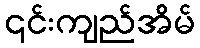
၎င်းကျည်အိမ်